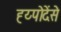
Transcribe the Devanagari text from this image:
ह्य्पोदेंसे